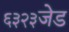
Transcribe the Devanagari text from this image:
६३२३जेड